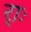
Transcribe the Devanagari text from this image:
र्‍ाः